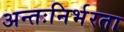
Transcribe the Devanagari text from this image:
अन्तःनिर्भरता